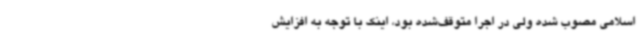
اسلامی مصوب شده ولی در اجرا متوقف‌شده بود، اینک با توجه به افزایش